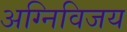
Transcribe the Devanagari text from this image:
अग्निविजय